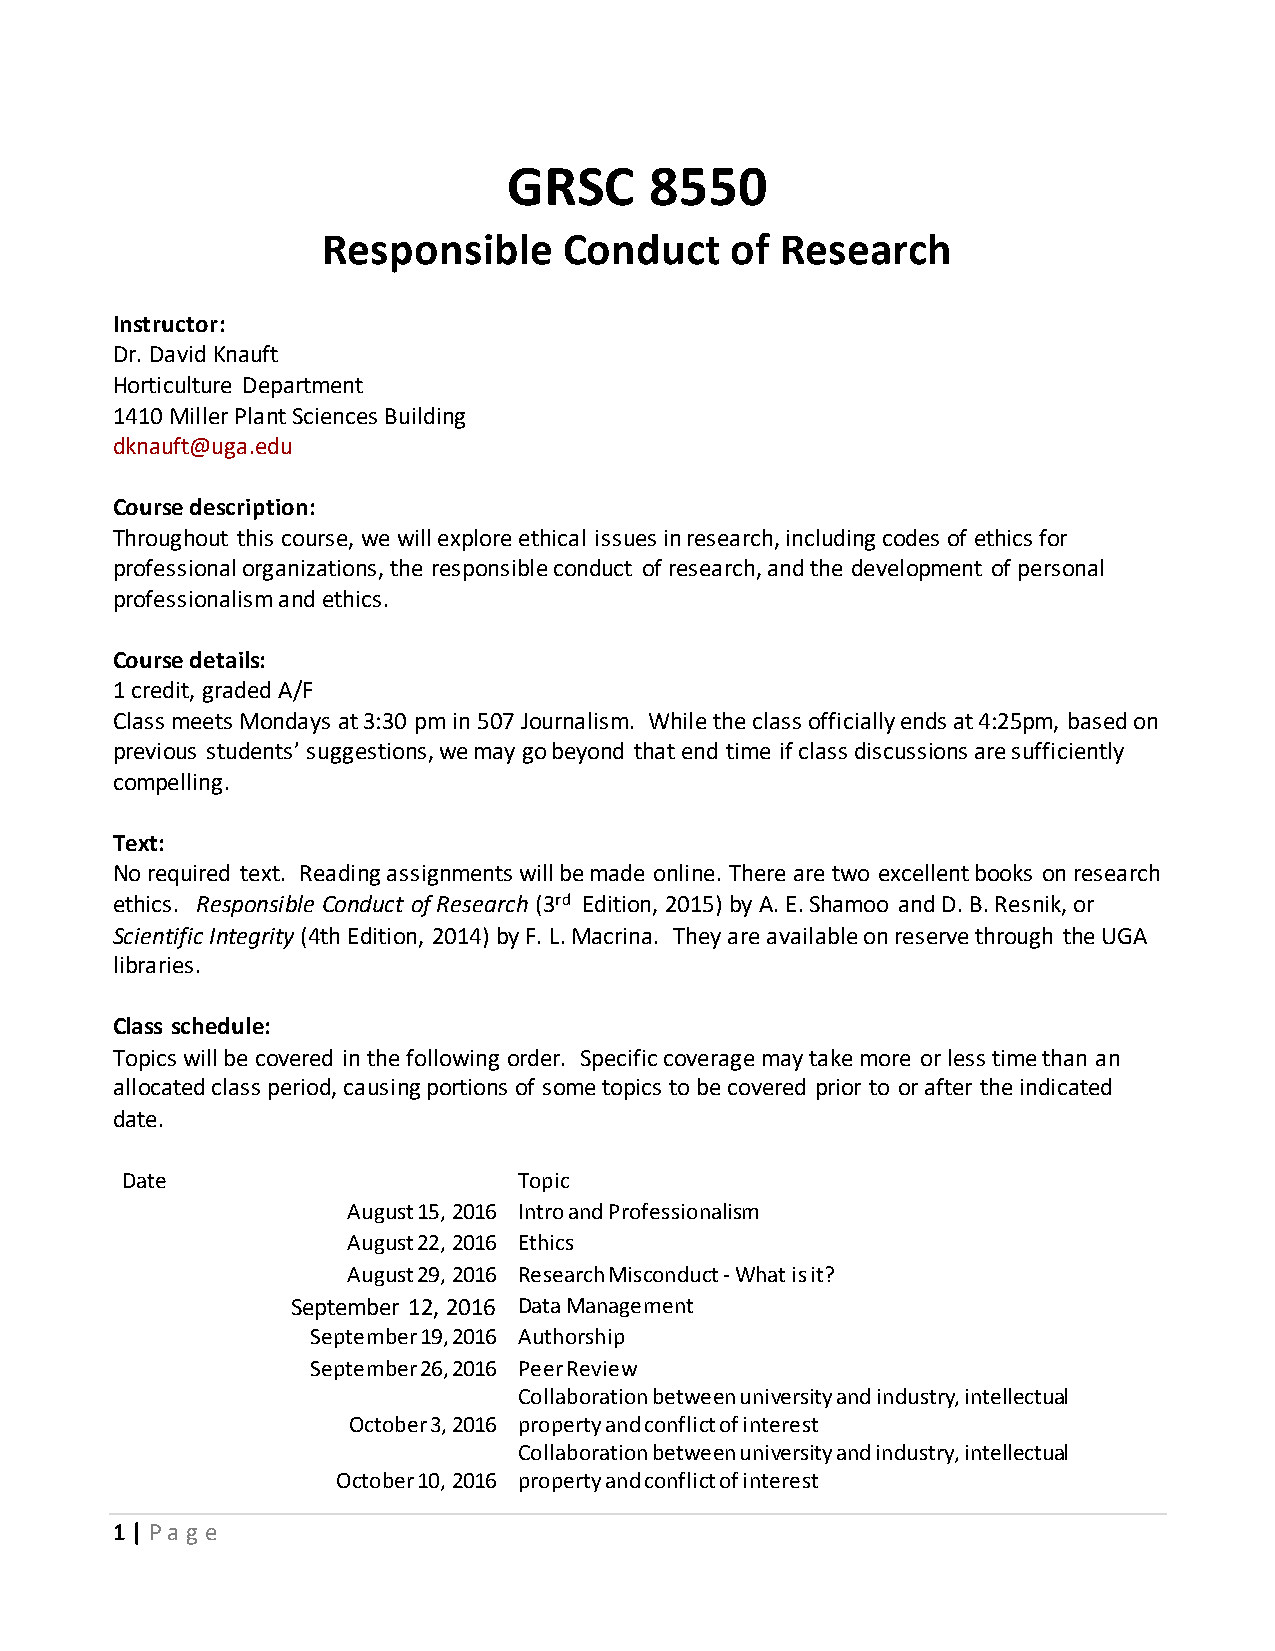
GRSC     8550
 Responsible     Conduct    of  Research
 Instructor:
 Dr. David Knauft
 Horticulture Department
 1410 Miller Plant Sciences Building
 dknauft@uga.edu
 Course description:
 Throughout this course, we will explore ethical issues in research, including codes of ethics for
 professional organizations, the responsible conduct of research, and the development of personal
 professionalism and ethics.
 Course details:
 1 credit, graded A/F
 Class meets Mondays at 3:30 pm in 507 Journalism. While the class officially ends at 4:25pm, based on
 previous students’ suggestions, we may go beyond that end time if class discussions are sufficiently
 compelling.
 Text:
 No required text. Reading assignments will be made online. There are two excellent books on research
 ethics. Responsible Conduct of Research (3rd Edition, 2015) by A. E. Shamoo and D. B. Resnik, or
 Scientific Integrity (4th Edition, 2014) by F. L. Macrina. They are available on reserve through the UGA
 libraries.
 Class schedule:
 Topics will be covered in the following order. Specific coverage may take more or less time than an
 allocated class period, causing portions of some topics to be covered prior to or after the indicated
 date.
 Date                      Topic
 August 15, 2016 Intro and Professionalism
 August 22, 2016 Ethics
 August 29, 2016 Research Misconduct - What is it?
 September 12, 2016 Data Management
 September 19, 2016 Authorship
 September 26, 2016 Peer Review
 Collaboration between university and industry, intellectual
 October 3, 2016 property and conflict of interest
 Collaboration between university and industry, intellectual
 October 10, 2016 property and conflict of interest
 1 | Pa g e